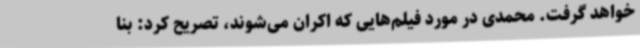
خواهد گرفت. محمدی در مورد فیلم‌هایی که اکران می‌شوند، تصریح کرد: بنا